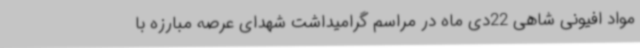
مواد افیونی شاهی 22دی ماه در مراسم گرامیداشت شهدای عرصه مبارزه با